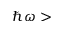
\hbar \omega >